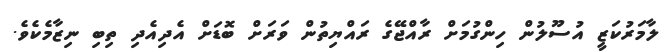
ލާމަރުކަޒީ އުސޫލުން ހިންގުމަށް ރާއްޖޭގެ ރައްޔިތުން ވަރަށް ބޮޑަށް އެދިއެދި ތިބި ނިޒާމެކެވެ.